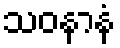
သဝနာနံ